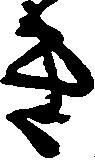
き